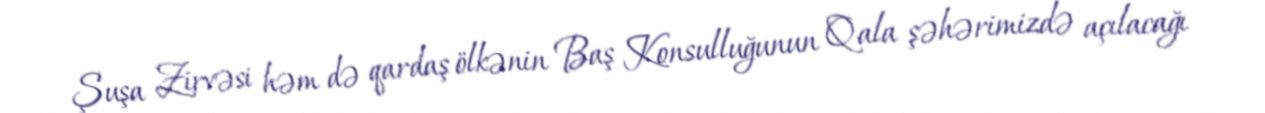
Şuşa Zirvəsi həm də qardaş ölkənin Baş Konsulluğunun Qala şəhərimizdə açılacağı